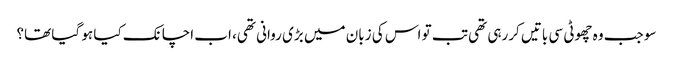
سو جب وہ چھوٹی سی باتیں کررہی تھی تب تو اس کی زبان میں بڑی روانی تھی، اب اچانک کیا ہو گیا تھا؟